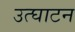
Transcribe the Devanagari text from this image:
उत्घाटन